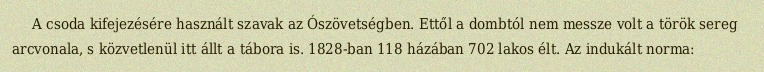
A csoda kifejezésére használt szavak az Ószövetségben. Ettől a dombtól nem messze volt a török sereg arcvonala, s közvetlenül itt állt a tábora is. 1828-ban 118 házában 702 lakos élt. Az indukált norma: